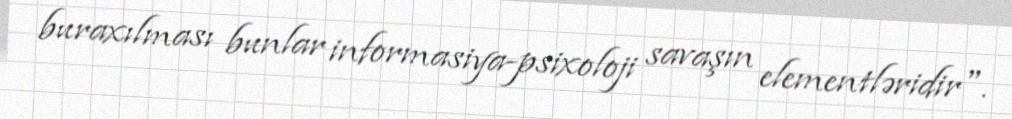
buraxılması bunlar informasiya-psixoloji savaşın elementləridir".